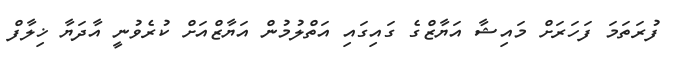
ފުރަތަމަ ފަހަރަށް މައިޝާ އަޔާޒްގެ ގައިގައި އަތްލުމުން އަޔާޒްއަށް ކުރެވުނީ އާދަޔާ ޚިލާފް